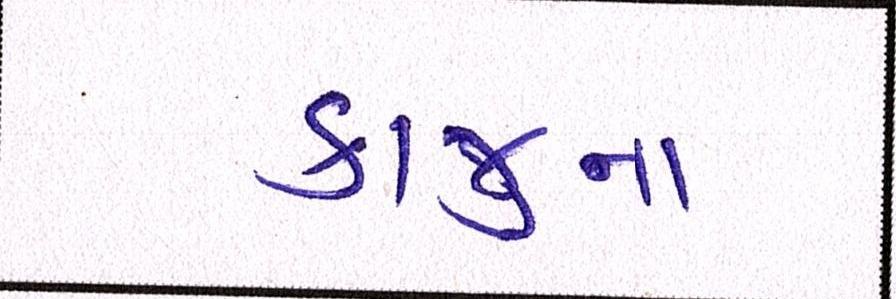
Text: કાજુના